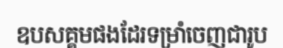
ឧបសគ្គមផងដែរទម្រាំចេញជារូប